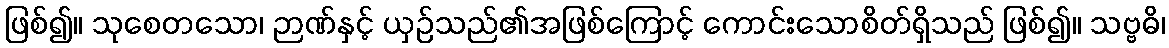
ဖြစ်၍။ သုစေတသော၊ ဉာဏ်နှင့် ယှဉ်သည်၏အဖြစ်ကြောင့် ကောင်းသောစိတ်ရှိသည် ဖြစ်၍။ သဗ္ဗဓိ၊